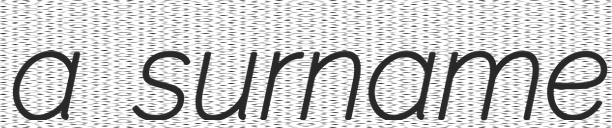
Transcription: a surname